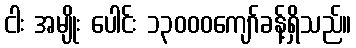
ငါး အမျိုး ပေါင်း ၁၃၀၀၀ကျော်ခန့်ရှိသည်။